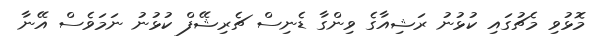
މޮޅުވި މެޗުގައި ކުޅުނު ރަޝިއާގެ ވިންގާ ޑެނިސް ޗެރިޝޭފް ކުޅުނު ނަމަވެސް އޭނާ